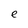
Character: e